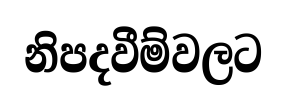
නිපදවීම්වලට